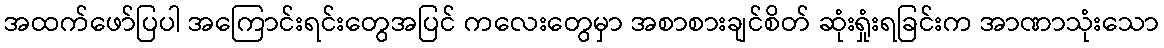
အထက်ဖော်ပြပါ အကြောင်းရင်းတွေအပြင် ကလေးတွေမှာ အစာစားချင်စိတ် ဆုံးရှုံးရခြင်းက အာဏာသုံးသော